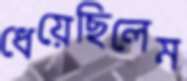
ধেয়েছিলেম